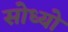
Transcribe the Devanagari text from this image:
सोध्यो